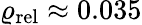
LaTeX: \varrho_{\mathrm{rel}}\approx 0.035